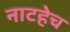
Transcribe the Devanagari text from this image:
नाटहेच